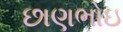
છાણભોઇ